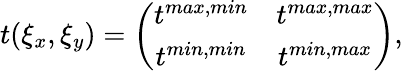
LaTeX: t(\xi_{x},\xi_{y})=\left(\begin{array}{cc}{t^{max,min}}&{t^{max,max}}\\ {t^{min,min}}&{t^{min,max}}\end{array}\right),